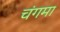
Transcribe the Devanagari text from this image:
चंगमा